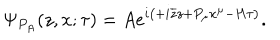
LaTeX: \Psi _ { P _ { A } } ( z , x ; \tau ) = A e ^ { i \left( + i \overline { { { z } } } z + P _ { \mu } x ^ { \mu } - H \tau \right) } .